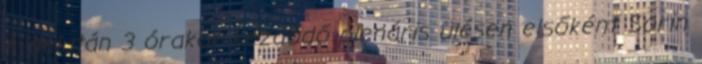
A délután 3 órakor kezdődő plenáris ülésen elsőként Sorin